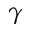
\gamma